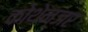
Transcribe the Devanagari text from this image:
कोथेन्जर